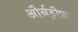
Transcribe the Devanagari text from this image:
और्नड्रौफ़